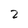
Character: 2